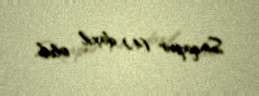
Sinqapur (4) daxil olub.